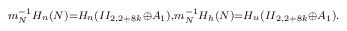
LaTeX: \begin{align*}\scriptstyle m_N^{-1} H_n(N) = H_n( II_{2,2+8k}\oplus A_1), m_N^{-1} H_h(N) = H_u( II_{2,2+8k}\oplus A_1).\end{align*}